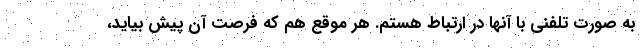
به صورت تلفنی با آنها در ارتباط هستم. هر موقع هم که فرصت آن پیش بیاید،